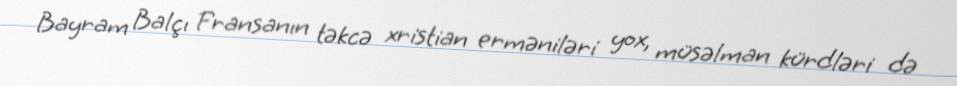
Bayram Balçı Fransanın təkcə xristian erməniləri yox, müsəlman kürdləri də